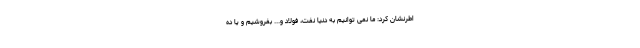
اطرنشان کرد: ما نمی توانیم به دنیا نفت، فولاد و... بفروشیم و یا ده